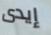
إيدى